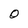
Character: O